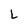
Character: L